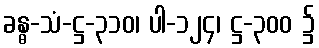
ခန္ဓ-သံ-ဋ္ဌ-၃၁၀၊ ပါ-၁၂၄၊ ဋ္ဌ-၃၀၀ ၌